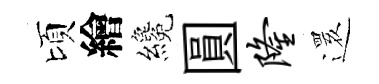
頃繪纔圓隆𮟃